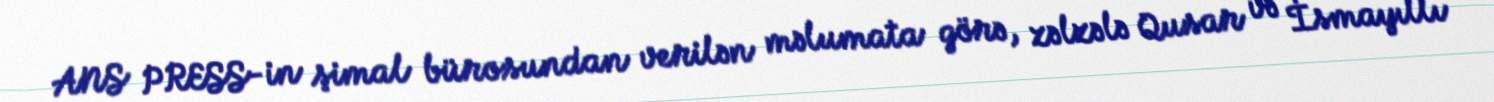
ANS PRESS-in şimal bürosundan verilən məlumata görə, zəlzələ Qusar və İsmayıllı